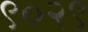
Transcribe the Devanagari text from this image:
९०२९